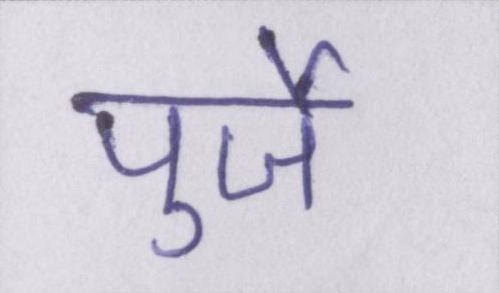
पुर्जे